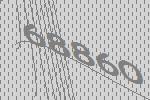
68860